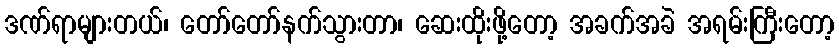
ဒဏ်ရာများတယ်၊ တော်တော်နက်သွားတာ၊ ဆေးထိုးဖို့တော့ အခက်အခဲ အရမ်းကြီးတော့